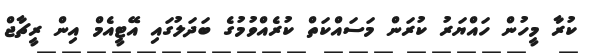
ކުރާ މީހުން ހައްޔަރު ކުރަން މަސައްކަތް ކުރެއްވުމުގެ ބަދަލުގައި އޭޓީއެމް އިން ރީޗާޖް